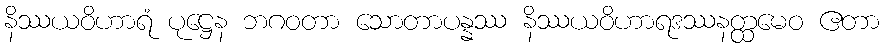
နိဿယဝိဟာရံ ပုဋ္ဌေန ဘဂဝတာ သောတာပန္နဿ နိဿယဝိဟာရဒဿနတ္ထမေဝ ဧတာ